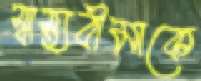
স্বাস্থ্যবীমাকে